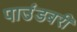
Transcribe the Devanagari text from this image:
पाउंडबरी